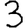
Digit: 3